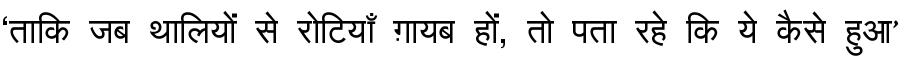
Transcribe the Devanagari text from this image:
‘ताकि जब थालियों से रोटियाँ ग़ायब हों, तो पता रहे कि ये कैसे हुआ’